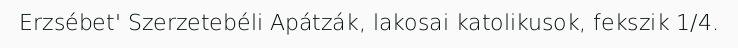
Erzsébet' Szerzetebéli Apátzák, lakosai katolikusok, fekszik 1/4.